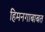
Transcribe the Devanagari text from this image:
हिमनगाबाबत